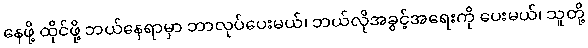
နေဖို့ ထိုင်ဖို့ ဘယ်နေရာမှာ ဘာလုပ်ပေးမယ်၊ ဘယ်လိုအခွင့်အရေးကို ပေးမယ်၊ သူတို့